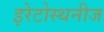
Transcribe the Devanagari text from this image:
इरेटोस्थनीज